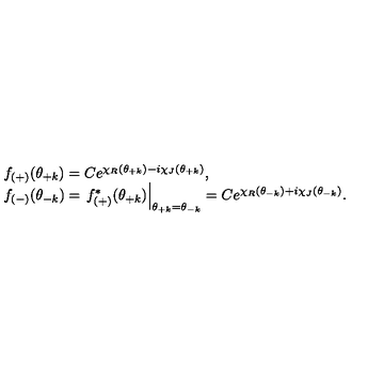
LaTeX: \begin{array} { l } { f _ { ( + ) } ( \theta _ { + k } ) = C e ^ { \chi _ { R } ( \theta _ { + k } ) - i \chi _ { J } ( \theta _ { + k } ) } , } \\ { f _ { ( - ) } ( \theta _ { - k } ) = \left. f _ { ( + ) } ^ { * } ( \theta _ { + k } ) \right| _ { \theta _ { + k } = \theta _ { - k } } = C e ^ { \chi _ { R } ( \theta _ { - k } ) + i \chi _ { J } ( \theta _ { - k } ) } . } \\ \end{array}